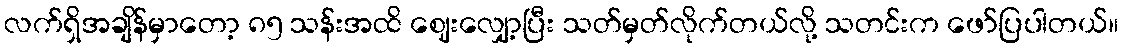
လက်ရှိအချိန်မှာတော့ ၈၅ သန်းအထိ ဈေးလျှော့ပြီး သတ်မှတ်လိုက်တယ်လို့ သတင်းက ဖော်ပြပါတယ်။